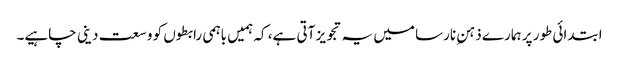
ابتدائی طور پر ہمارے ذہنِ نارسا میں یہ تجویز آتی ہے، کہ ہمیں باہمی رابطوں کو وسعت دینی چاہیے۔